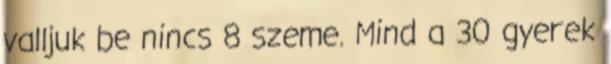
valljuk be nincs 8 szeme. Mind a 30 gyerek